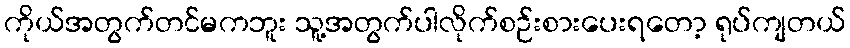
ကိုယ်အတွက်တင်မကဘူး သူ့အတွက်ပါလိုက်စဉ်းစားပေးရတော့ ရုပ်ကျတယ်